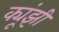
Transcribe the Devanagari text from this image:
क्यूंझी